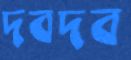
দবদব